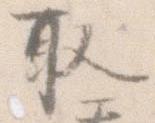
取